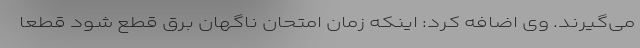
می‌گیرند. وی اضافه کرد: اینکه زمان امتحان ناگهان برق قطع شود قطعا